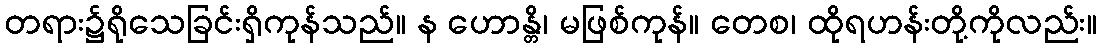
တရား၌ရိုသေခြင်းရှိကုန်သည်။ န ဟောန္တိ၊ မဖြစ်ကုန်။ တေစ၊ ထိုရဟန်းတို့ကိုလည်း။